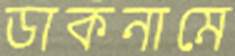
ডাকনামে